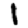
Digit: 1